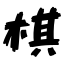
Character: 棋